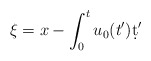
\begin{align*}\xi=x-\int_0^t u_0(t')\d t'\end{align*}